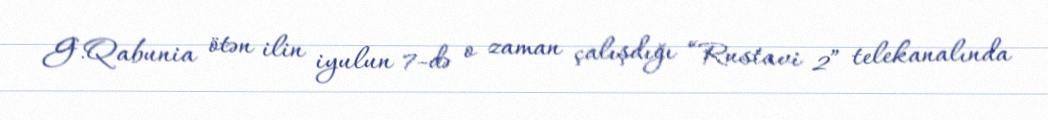
G.Qabunia ötən ilin iyulun 7-də o zaman çalışdığı “Rustavi 2” telekanalında